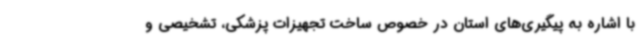
با اشاره به پیگیری‌های استان در خصوص ساخت تجهیزات پزشکی، تشخیصی و